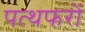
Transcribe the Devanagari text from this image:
पत्थफरों